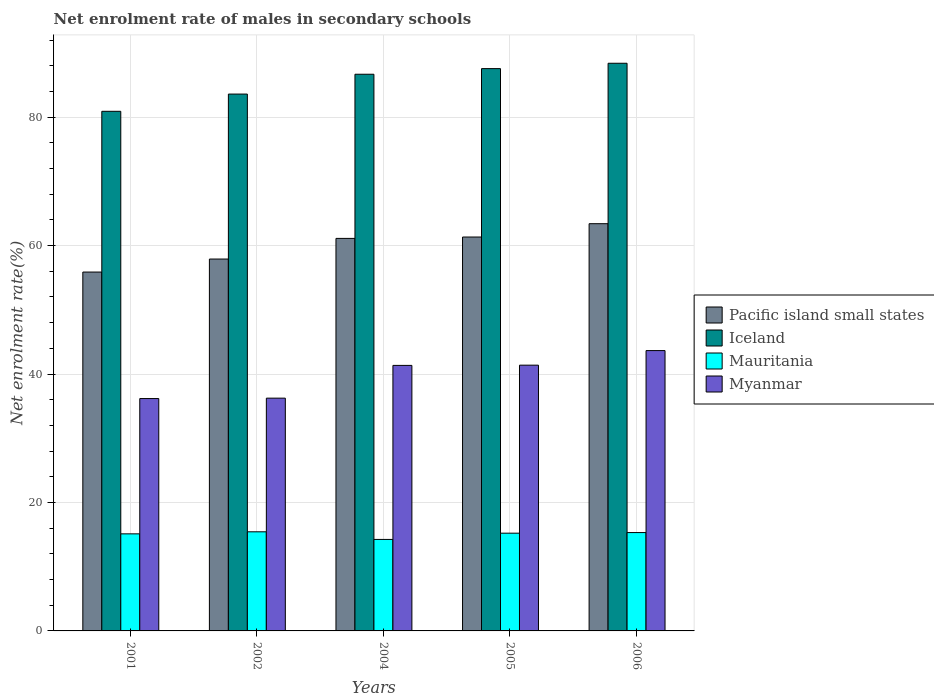
| Years | Pacific island small states | Iceland | Mauritania | Myanmar |
 | --- | --- | --- | --- | --- |
 | 2001 | 55.9 | 80.9 | 15.1 | 36.2 |
 | 2002 | 57.9 | 83.6 | 15.4 | 36.2 |
 | 2004 | 61.1 | 86.7 | 14.2 | 41.3 |
 | 2005 | 61.3 | 87.6 | 15.2 | 41.4 |
 | 2006 | 63.4 | 88.4 | 15.3 | 43.6 |